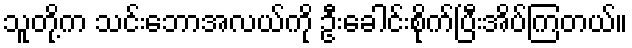
သူတို့က သင်းဘောအလယ်ကို ဦးခေါင်းစိုက်ပြီးအိပ်ကြတယ်။